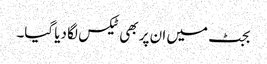
بجٹ میں ان پر بھی ٹیکس لگا دیا گیا۔